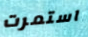
استمرت